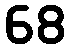
68